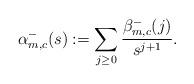
LaTeX: \begin{align*}\alpha_{m,c}^-(s) := \sum_{j\geq 0} \frac{\beta_{m,c}^-(j)}{s^{j+1}}.\end{align*}